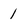
Character: 1